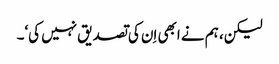
لیکن، ہم نے ابھی اِن کی تصدیق نہیں کی‘۔